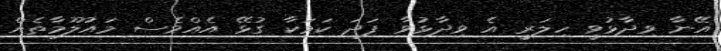
އޭނާ ވިދާޅުވީ ހިލަރީ އެ ވިދާޅުވާ ފަދަ ކަމަކާ ގުޅޭ އެއްވެސް މައުލޫމާތެއް